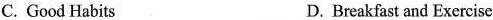
C. Good Habits D. Breakfast and Exercise